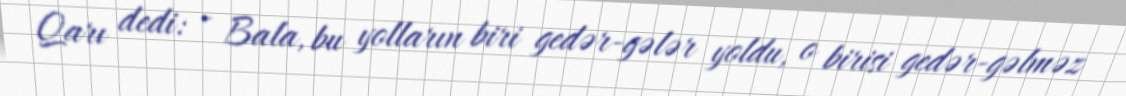
Qarı dedi: - Bala, bu yolların biri gedər-gələr yoldu, o birisi gedər-gəlməz